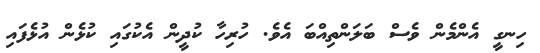
ހިނގީ އެންމެން ވެސް ބަލަންތިއްބަ އެވެ. ހުރިހާ ކުދީން އެކުގައި ކުޅެން އުޅެފައި